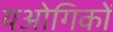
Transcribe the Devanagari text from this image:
यओगिकों